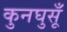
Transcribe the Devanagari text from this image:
कुनघुसूँ